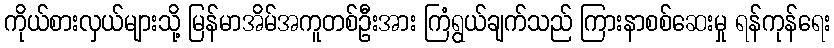
ကိုယ်စားလှယ်များသို့ မြန်မာအိမ်အကူတစ်ဦးအား ကြံရွယ်ချက်သည် ကြားနာစစ်ဆေးမှု ရန်ကုန်ရေး